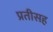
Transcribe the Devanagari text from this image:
प्रतीसह